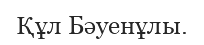
Құл Бәуенұлы.